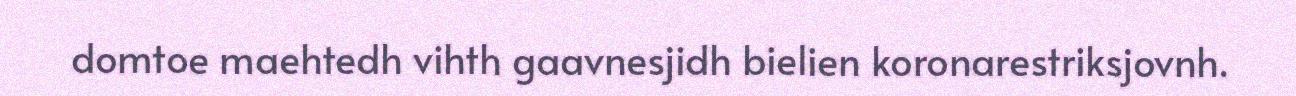
domtoe maehtedh vihth gaavnesjidh bielien koronarestriksjovnh.